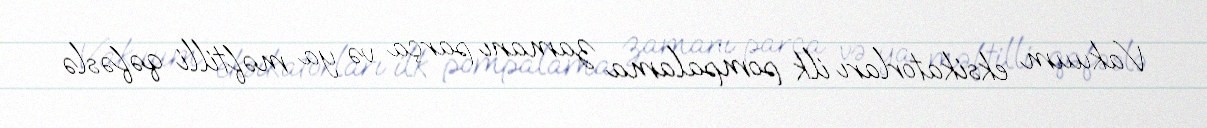
Vakuum eksikatorları ilk pompalama zamanı parça və ya məftilli qəfəslə